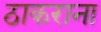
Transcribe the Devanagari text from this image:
ठाकराना